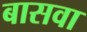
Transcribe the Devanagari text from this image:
बासवा